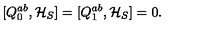
[ Q _ { 0 } ^ { a b } , { \cal H } _ { S } ] = [ Q _ { 1 } ^ { a b } , { \cal H } _ { S } ] = 0 .